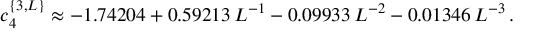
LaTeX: c _ { 4 } ^ { \{ 3 , L \} } \approx - 1 . 7 4 2 0 4 + 0 . 5 9 2 1 3 \, L ^ { - 1 } - 0 . 0 9 9 3 3 \, L ^ { - 2 } - 0 . 0 1 3 4 6 \, L ^ { - 3 } \, .